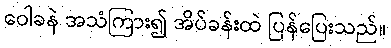
ဝေါခနဲ အသံကြား၍ အိပ်ခန်းထဲ ပြန်ပြေးသည်။